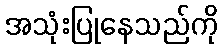
အသုံးပြုနေသည်ကို